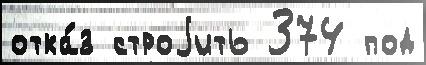
отка́з строjить 374 под